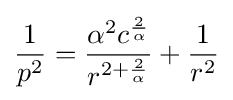
{\frac {1}{p^{2}}}={\frac {\alpha ^{2}c^{\frac {2}{\alpha }}}{r^{2+{\frac {2}{\alpha }}}}}+{\frac {1}{r^{2}}}